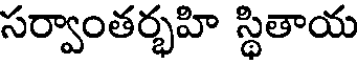
సర్వాంతర్భహి స్థితాయ